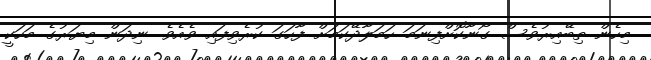
މިހެން ތިބޭއިރުވެސް ގޯނާކޮށްފިނަމަ ހަމަލާދޭކަމަށް ފާހަގަ ކުރެވިފައި ވެއެވެ. ނިދަން މިޔަރުގެ މަހަކީ